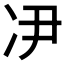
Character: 𫥃